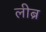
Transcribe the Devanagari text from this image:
लीब्र